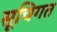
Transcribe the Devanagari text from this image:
सूचिगत